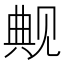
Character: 觍